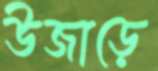
উজাড়ে